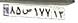
۸۵ص۱۷۷۱۳